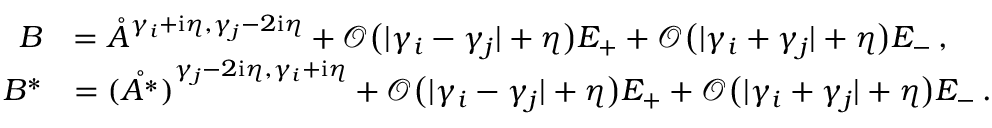
\begin{array} { r l } { B } & { = \mathring { A } ^ { { \gamma _ { i } + \mathrm { i } \eta , \gamma _ { j } - 2 \mathrm { i } \eta } } + \mathcal { O } \big ( | \gamma _ { i } - \gamma _ { j } | + \eta \big ) E _ { + } + \mathcal { O } \big ( | \gamma _ { i } + \gamma _ { j } | + \eta \big ) E _ { - } \, , } \\ { B ^ { * } } & { = \mathring { ( A ^ { * } ) } ^ { { \gamma _ { j } - 2 \mathrm { i } \eta , \gamma _ { i } + \mathrm { i } \eta } } + \mathcal { O } \big ( | \gamma _ { i } - \gamma _ { j } | + \eta \big ) E _ { + } + \mathcal { O } \big ( | \gamma _ { i } + \gamma _ { j } | + \eta \big ) E _ { - } \, . } \end{array}